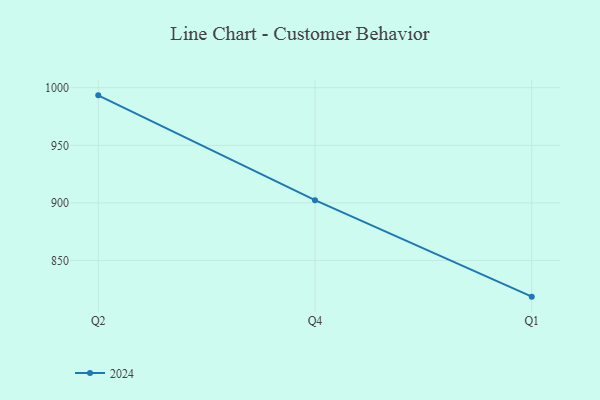
{"axis": {"x": "Quarter", "y": "Temperature (°C)"}, "legend": ["2024"], "data": [{"x": "Q2", "y": 993.4, "type": "2024"}, {"x": "Q4", "y": 902.4, "type": "2024"}, {"x": "Q1", "y": 818.6, "type": "2024"}]}